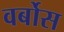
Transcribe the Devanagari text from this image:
वर्बोस